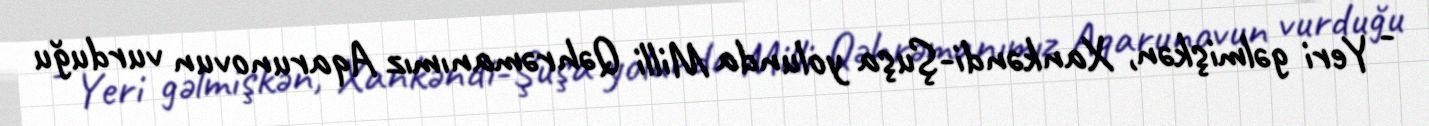
- Yeri gəlmişkən, Xankəndi-Şuşa yolunda Milli Qəhrəmanımız Aqarunovun vurduğu